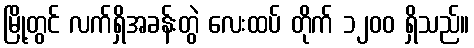
မြို့တွင် လက်ရှိအခန်းတွဲ လေးထပ် တိုက် ၁၂၀၀ ရှိသည်။